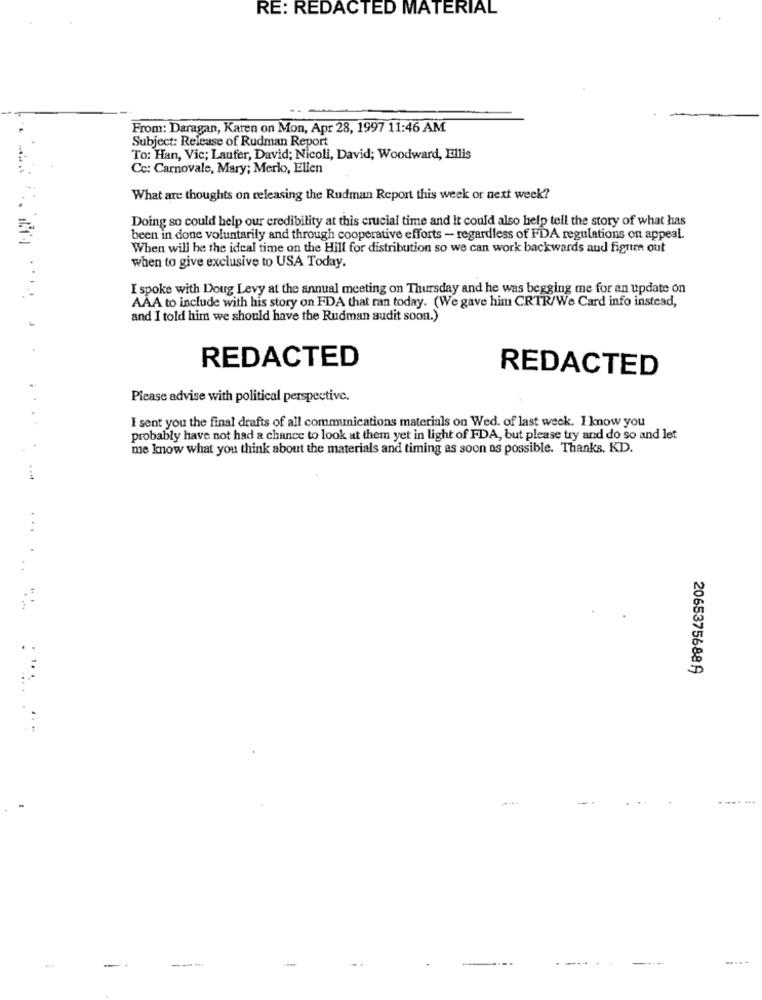
RE: REDACTED MATERIAL
From: Daragan, Karen on Mon, Apr 28, 1997 11:46 AM
Subject: Release of Rudman Report
To: Han, Vic; Laufer, David; Nicoll, David; Woodward, Ellis
Cc: Carnovale, Mary; Merlo, Ellen
What are thoughts on releasing the Rudman Report this week or next week?
Doing so could help our credibility at this crucial time and it could also help tell the story of what has
been in done voluntarily and through cooperative efforts - regardless of FDA regulations on appeal.
When will be the ideal time on the Hill for distribution so we can work backwards and figure out
when to give exclusive to USA Today.
I spoke with Doug Levy at the annual meeting on Thursday and he was begging me for an update on
AAA to include with his story on FDA that ran today. (We gave him CRTR/We Card info instead,
and I told him we should have the Rudman audit soon.)
REDACTED
REDACTED
Please advise with political perspective.
I sent you the final drafts of all communications materials on Wed. of last week. I know you
probably have not had a chance to look at them yet in light of FDA, but please try and do so and let
me know what you think about the materials and timing as soon as possible. Thanks. KD.
2065375688Ą
----
--.. ...
-- -